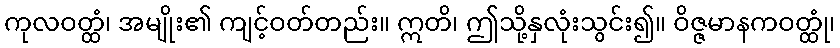
ကုလဝတ္ထံ၊ အမျိုး၏ ကျင့်ဝတ်တည်း။ ဣတိ၊ ဤသို့နှလုံးသွင်း၍။ ဝိဇ္ဇမာနကဝတ္ထုံ၊